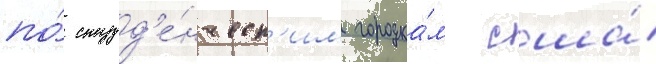
по́ студ'е́нческ'им городка́м сша́